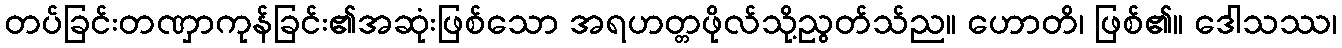
တပ်ခြင်းတဏှာကုန်ခြင်း၏အဆုံးဖြစ်သော အရဟတ္တဖိုလ်သို့ညွတ်သ်ည။ ဟောတိ၊ ဖြစ်၏။ ဒေါသဿ၊